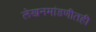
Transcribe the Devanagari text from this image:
लेखनमांडणीतही